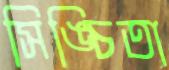
সিঙ্চিতা